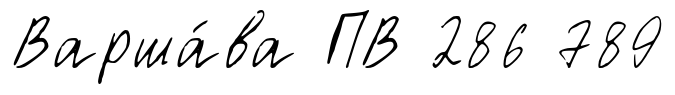
Варша́ва ПВ 286 789